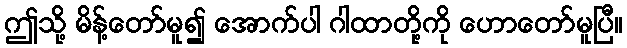
ဤသို့ မိန့်တော်မူ၍ အောက်ပါ ဂါထာတို့ကို ဟောတော်မူပြီ။